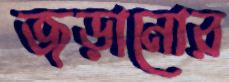
জড়ানোর